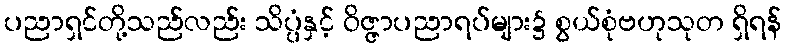
ပညာရှင်တို့သည်လည်း သိပ္ပံနှင့် ဝိဇ္ဇာပညာရပ်များ၌ စွယ်စုံဗဟုသုတ ရှိရန်